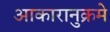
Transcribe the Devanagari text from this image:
आकारानुक्रमे